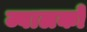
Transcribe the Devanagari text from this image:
ज्वालकों